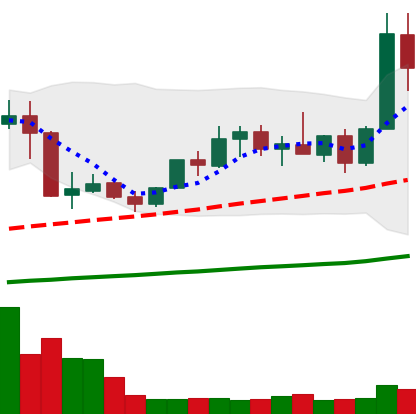
Ticker: XMR-USD
Chart end date: 2019-05-12
Forward return: 10.512%
Label: up_7plus